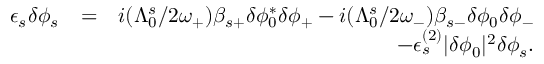
\begin{array} { r l r } { \epsilon _ { s } \delta \phi _ { s } } & { = } & { i ( \Lambda _ { 0 } ^ { s } / 2 \omega _ { + } ) \beta _ { s + } \delta \phi _ { 0 } ^ { * } \delta \phi _ { + } - i ( \Lambda _ { 0 } ^ { s } / 2 \omega _ { - } ) \beta _ { s - } \delta \phi _ { 0 } \delta \phi _ { - } } \\ & { } & { - \epsilon _ { s } ^ { ( 2 ) } | \delta \phi _ { 0 } | ^ { 2 } \delta \phi _ { s } . } \end{array}